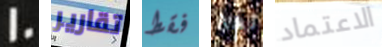
10 تقارير فقط لها الاعتماد